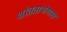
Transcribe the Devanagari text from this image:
शांतताभंगास